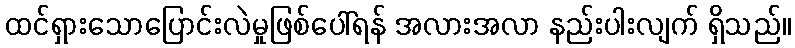
ထင်ရှားသောပြောင်းလဲမှုဖြစ်ပေါ်ရန် အလားအလာ နည်းပါးလျက် ရှိသည်။